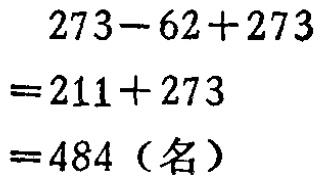
\[

\begin{align*}

&273 - 62 + 273\\

=&211 + 273\\

=&484（名）

\end{align*}

\]